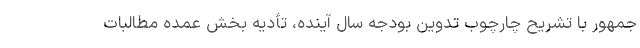
جمهور با تشریح چارچوب تدوین بودجه سال آینده، تأدیه بخش عمده مطالبات